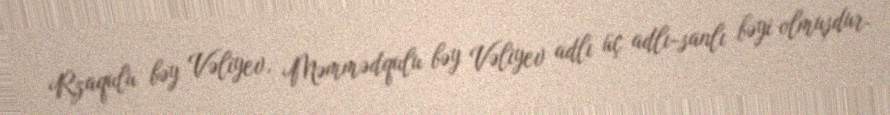
Rzaqulu bəy Vəliyev, Məmmədqulu bəy Vəliyev adlı üç adlı-sanlı bəyi olmuşdur.